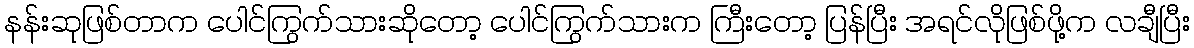
နန်းဆုဖြစ်တာက ပေါင်ကြွက်သားဆိုတော့ ပေါင်ကြွက်သားက ကြီးတော့ ပြန်ပြီး အရင်လိုဖြစ်ဖို့က လချီပြီး